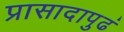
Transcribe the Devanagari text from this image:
प्रासादापुढं